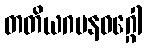
တတိယဂမနဝဂ္ဂေါ